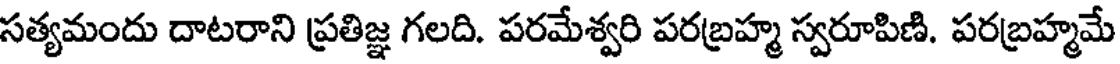
సత్యమందు దాటరాని ప్రతిజ్ఞ గలది. పరమేశ్వరి పరబ్రహ్మ స్వరూపిణి. పరబ్రహ్మమే